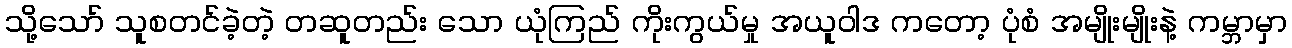
သို့သော် သူစတင်ခဲ့တဲ့ တဆူတည်း သော ယုံကြည် ကိုးကွယ်မှု အယူဝါဒ ကတော့ ပုံစံ အမျိုးမျိုးနဲ့ ကမ္ဘာမှာ